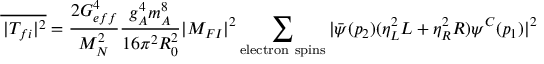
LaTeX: \overline { { { ^ { \, } | T _ { f i } | ^ { 2 } } } } = \frac { 2 G _ { e f f } ^ { 4 } } { M _ { N } ^ { 2 } } \frac { g _ { A } ^ { 4 } m _ { A } ^ { 8 } } { 1 6 \pi ^ { 2 } R _ { 0 } ^ { 2 } } | { \cal M } _ { F I } | ^ { 2 } \sum _ { \mathrm { e l e c t r o n ~ s p i n s } } | { \bar { \psi } } ( p _ { 2 } ) ( \eta _ { L } ^ { 2 } L + \eta _ { R } ^ { 2 } R ) \psi ^ { C } ( p _ { 1 } ) | ^ { 2 }